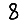
Digit: 8